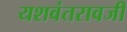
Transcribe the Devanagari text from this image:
यशवंतरावजी